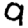
Digit: 9